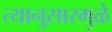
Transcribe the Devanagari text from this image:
त्यानुसारमुळे